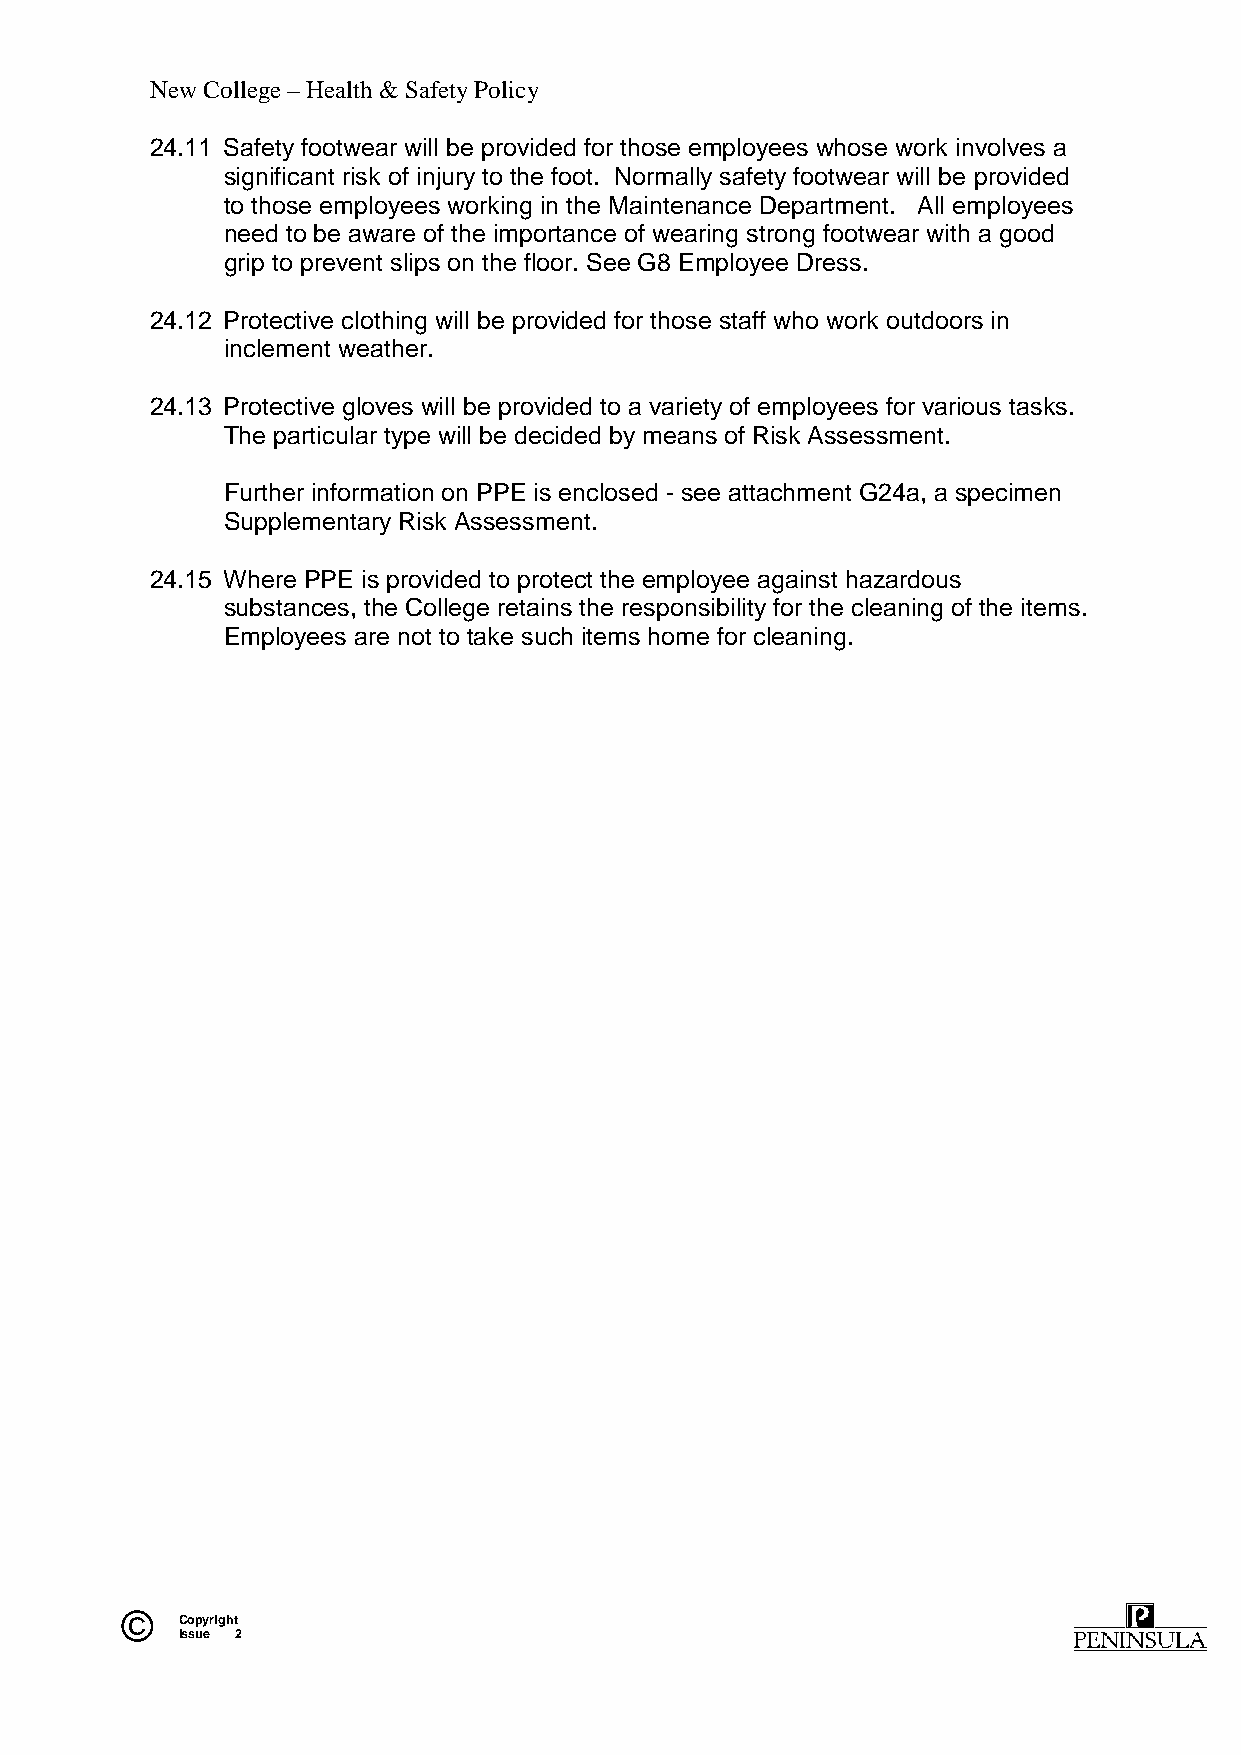
New College – Health & Safety Policy
 24.11 Safety footwear will be provided for those employees whose work involves a
 significant risk of injury to the foot. Normally safety footwear will be provided
 to those employees working in the Maintenance Department. All employees
 need to be aware of the importance of wearing strong footwear with a good
 grip to prevent slips on the floor. See G8 Employee Dress.
 24.12 Protective clothing will be provided for those staff who work outdoors in
 inclement weather.
 24.13 Protective gloves will be provided to a variety of employees for various tasks.
 The particular type will be decided by means of Risk Assessment.
 Further information on PPE is enclosed - see attachment G24a, a specimen
 Supplementary Risk Assessment.
 24.15 Where PPE is provided to protect the employee against hazardous
 substances, the College retains the responsibility for the cleaning of the items.
 Employees are not to take such items home for cleaning.
 ©   Copyright
 Issue 2